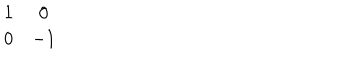
\begin{array} { c c } { { 1 } } & { { 0 } } \\ { { 0 } } & { { - 1 } } \\ \end{array}